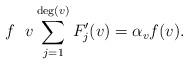
LaTeX: \begin{align*} f~~v \sum_{j = 1}^{\deg (v)} F_j' (v) = \alpha_v f (v).\end{align*}